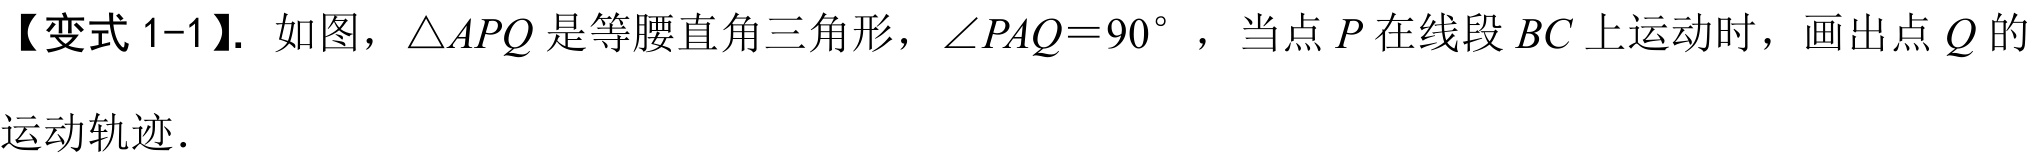
【变式 1-1】. 如图，\(\triangle APQ\)是等腰直角三角形，\(\angle PAQ = 90^{\circ}\)，当点\(P\)在线段\(BC\)上运动时，画出点\(Q\)的运动轨迹．